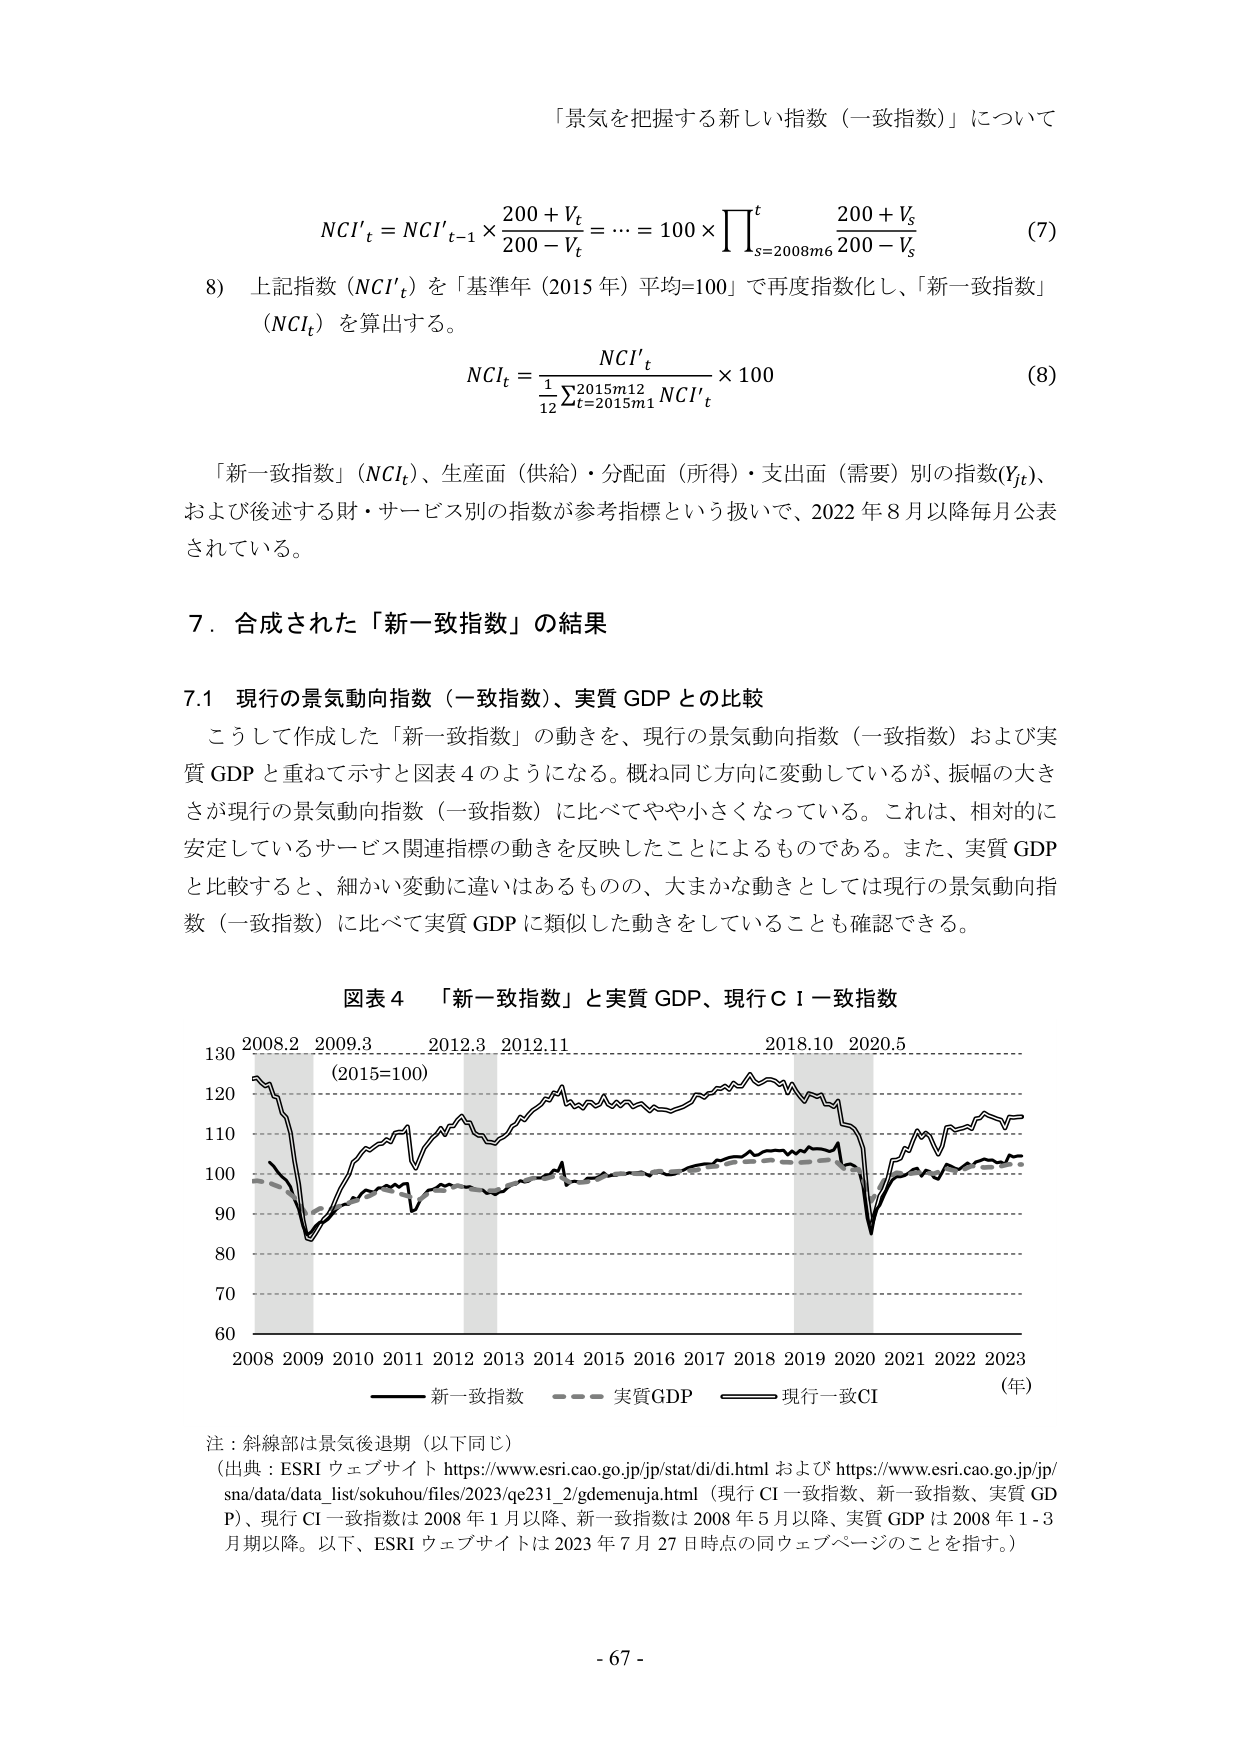
「景気を把握する新しい指数（一致指数）」について

NCI′ₜ = NCI′ₜ₋₁ × (200 + Vₜ)/(200 - Vₜ) = … = 100 × ∏ₛ₌₂₀₀₈ₘ₆ᵗ (200 + Vₛ)/(200 - Vₛ)  (7)

8) 上記指数（NCI′ₜ）を「基準年（2015 年）平均=100」で再度指数化し、「新一致指数」（NCIₜ）を算出する。

NCIₜ = (NCI′ₜ) / (1/12 Σₜ₌₂₀₁₅ₘ₁² NCI′ₜ) × 100  (8)

「新一致指数」（NCIₜ）、生産面（供給）・分配面（所得）・支出面（需要）別の指数(Yₜ)、および後述する財・サービス別の指数が参考指標という扱いで、2022 年 8 月以降毎月公表されている。

7．合成された「新一致指数」の結果

7.1 現行の景気動向指数（一致指数）、実質 GDP との比較

こうして作成した「新一致指数」の動きを、現行の景気動向指数（一致指数）および実質 GDP と重ねて示すと図表 4 のようになる。概ね同じ方向に変動しているが、振幅の大きさが現行の景気動向指数（一致指数）に比べてやや小さくなっている。これは、相対的に安定しているサービス関連指標の動きを反映したことによるものである。また、実質 GDP と比較すると、細かい変動に違いはあるものの、大まかな動きとしては現行の景気動向指数（一致指数）に比べて実質 GDP に類似した動きをしていることも確認できる。

図表 4 「新一致指数」と実質 GDP、現行ＣＩ一致指数

130 2008.2 2009.3 2012.3 2012.11 2018.10 2020.5
120 (2015=100)
110
100
90
80
70
60
2008 2009 2010 2011 2012 2013 2014 2015 2016 2017 2018 2019 2020 2021 2022 2023 (年)
―――― 新一致指数 ———— 実質GDP ———— 現行一致CI

注：斜線部は景気後退期（以下同じ）
（出典：ESRI ウェブサイト https://www.esri.cao.go.jp/jp/stat/di/di.html および https://www.esri.cao.go.jp/jp/sna/data/data_list/sokuhou/files/2023/qe231_2/gdemenuja.html（現行 CI 一致指数、新一致指数、実質 GDP）、現行 CI 一致指数は 2008 年 1 月以降、新一致指数は 2008 年 5 月以降、実質 GDP は 2008 年 1-3 月期以降。以下、ESRI ウェブサイトは 2023 年 7 月 27 日時点の同ウェブページのことを指す。）

- 67 -